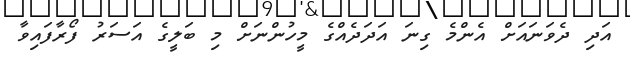
އަދި ދެވަނައަށް އެންމެ ގިނަ އަދަދެއްގެ މީހުންނަށް މި ބަލީގެ އަސަރު ފޯރާފައިވާ